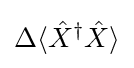
\Delta \langle {\hat {X}}^{\dagger }{\hat {X}}\rangle